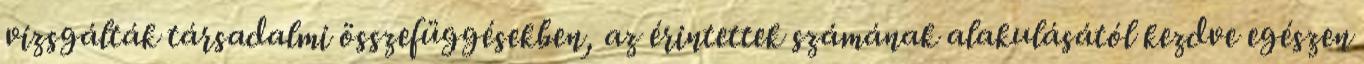
vizsgálták társadalmi összefüggésekben, az érintettek számának alakulásától kezdve egészen